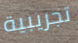
تجريبية